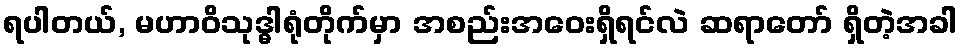
ရပါတယ်, မဟာဝိသုဒ္ဓါရုံတိုက်မှာ အစည်းအဝေးရှိရင်လဲ ဆရာတော် ရှိတဲ့အခါ